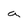
Character: a